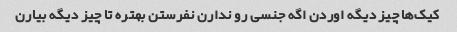
کیک‌ها چیز دیگه اوردن اگه جنسی رو ندارن نفرستن بهتره تا چیز دیگه بیارن